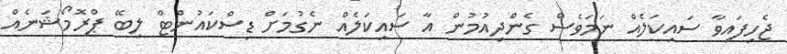
ޖެހިފައިވާ ސައިކަލެއް ނަމަވެސް ގެންދިއުމުން އާ ސައިކަލެއް ނެގުމަށް ޑިސްކައުންޓް ލިބޭ ޕްރޮމޯޝަނެއް